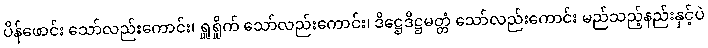
ပိန်ဖောင်း သော်လည်းကောင်း၊ ရှူရှိုက် သော်လည်းကောင်း၊ ဒိဋ္ဌေဒိဋ္ဌမတ္တံ သော်လည်းကောင်း မည်သည့်နည်းနှင့်ပဲ